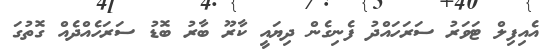
އެއިފިލް ޓަވަރު ސަރަހައްދު ފެނިގެން ދިޔައީ ކާރޫ ބާރު ބޮޑު ސަރަހެއްދެއް ގޮތުގަ